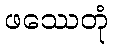
ဖဿေတုံ